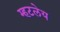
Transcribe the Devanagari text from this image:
म्हटलेय